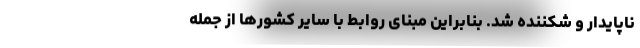
ناپایدار و شکننده شد. بنابراین مبنای روابط با سایر کشورها از جمله